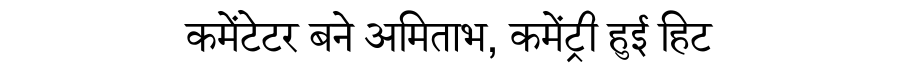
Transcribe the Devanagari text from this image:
कमेंटेटर बने अमिताभ, कमेंट्री हुई हिट